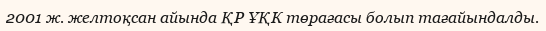
2001 ж. желтоқсан айында ҚР ҰҚК төрағасы болып тағайындалды.